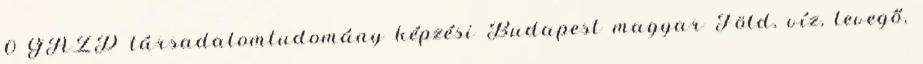
0 GAZD társadalomtudomány képzési Budapest magyar Föld, víz, levegő,